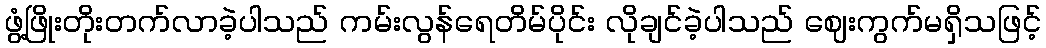
ဖွံ့ဖြိုးတိုးတက်လာခဲ့ပါသည် ကမ်းလွန်ရေတိမ်ပိုင်း လိုချင်ခဲ့ပါသည် ဈေးကွက်မရှိသဖြင့်